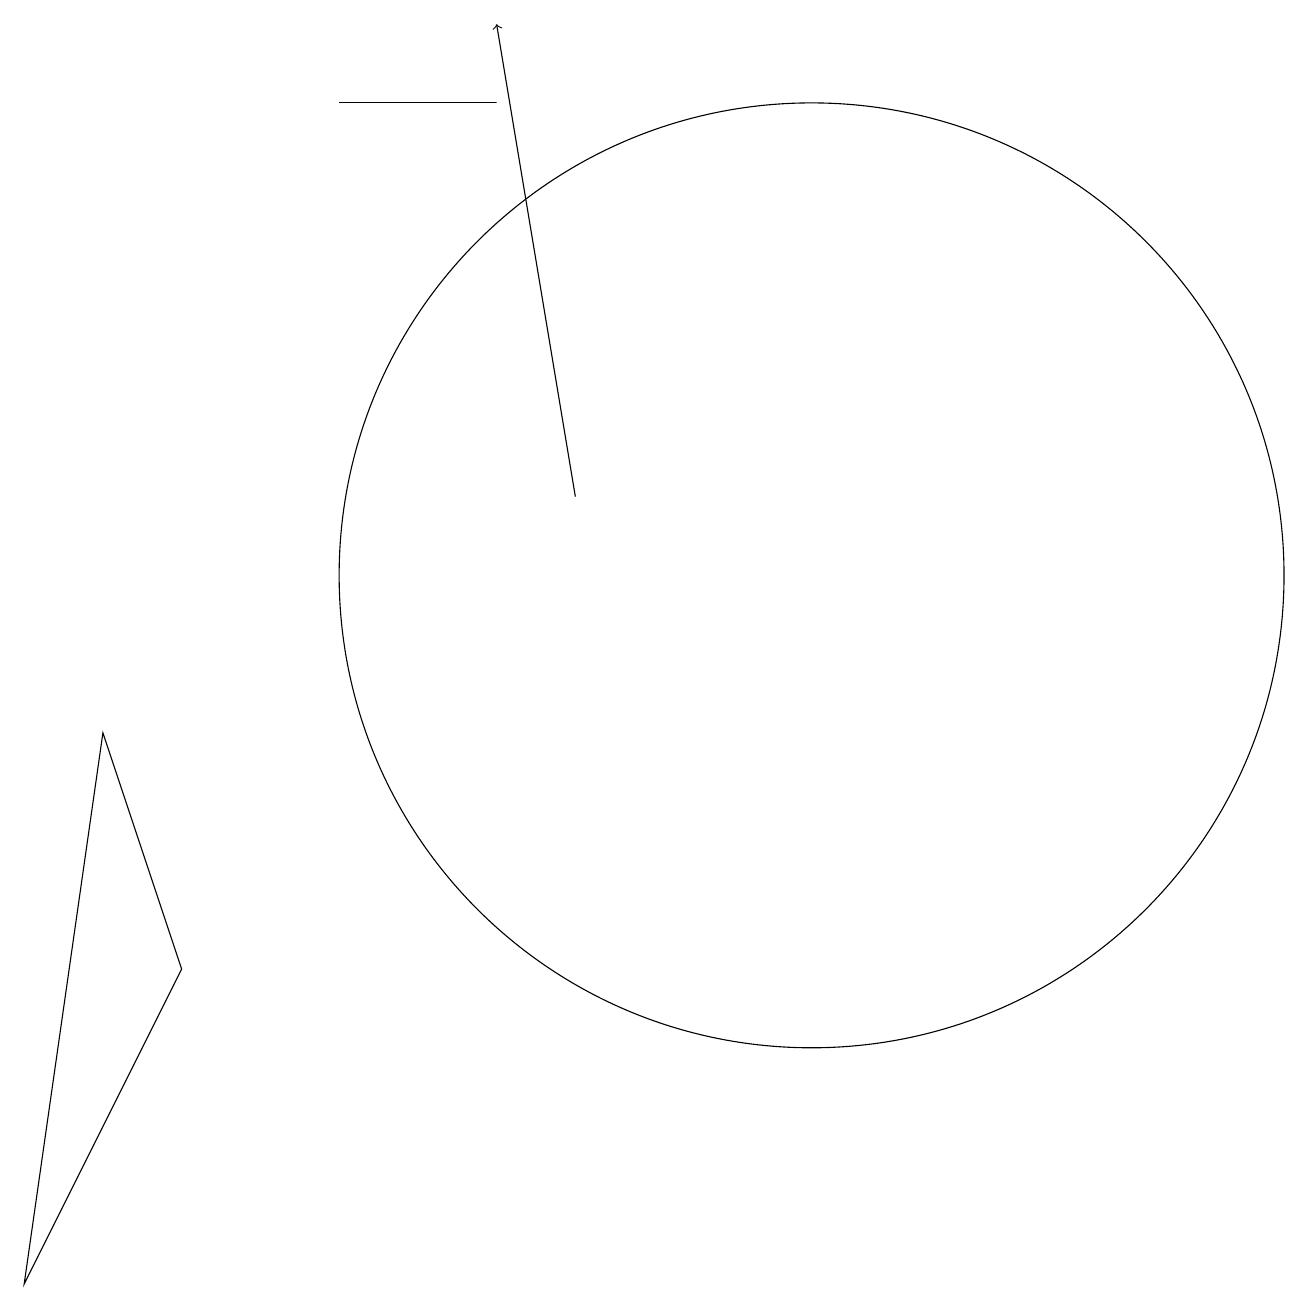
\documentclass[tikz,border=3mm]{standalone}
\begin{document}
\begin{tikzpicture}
\draw (3,6) -- (2,9) -- (1,2) -- cycle;
\draw (11,11) circle (6);
\draw (5,17) rectangle (7,17);
\draw[->] (8,12) -- (7,18);
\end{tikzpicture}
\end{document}